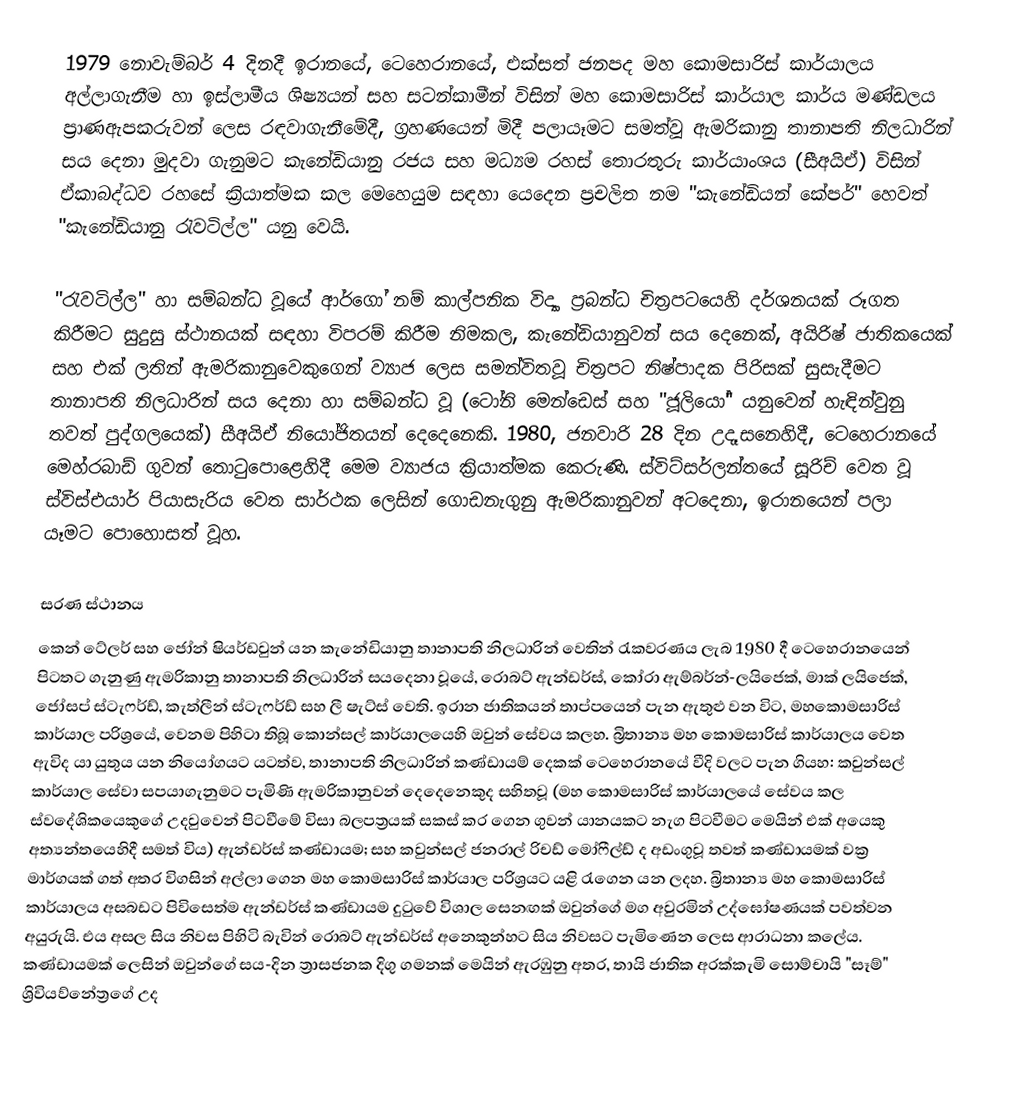
1979 නොවැම්බර් 4 දිනදී  ඉරානයේ, ටෙහෙරානයේ, එක්සත් ජනපද මහ කොමසාරිස් කාර්යාලය අල්ලාගැනීම හා  ඉස්ලාමීය ශිෂ්‍යයන් සහ සටන්කාමීන් විසින් මහ කොමසාරිස් කාර්යාල කාර්ය මණ්ඩලය ප්‍රාණඇපකරුවන් ලෙස රඳවාගැනීමේදී,  ග්‍රහණයෙන් මිදී පලායෑමට සමත්වූ ඇමරිකානු තානාපති නිලධාරින් සය දෙනා මුදවා ගැනුමට කැනේඩියානු රජය සහ මධ්‍යම රහස් තොරතුරු කාර්යාංශය (සීඅයිඒ) විසින් ඒකාබද්ධව රහසේ ක්‍රියාත්මක කල මෙහෙයුම සඳහා යෙදෙන ප්‍රචලිත නම "කැනේඩියන් කේපර්" හෙවත්  "කැනේඩියානු රැවටිල්ල" යනු වෙයි.

"රැවටිල්ල" හා සම්බන්ධ වූයේ  ආර්ගෝ නම් කාල්පනික විද්‍යා ප්‍රබන්ධ චිත්‍රපටයෙහි  දර්ශනයක් රූගත කිරීමට  සුදුසු ස්ථානයක් සඳහා විපරම් කිරීම නිමකල,  කැනේඩියානුවන් සය දෙනෙක්, අයිරිෂ් ජාතිකයෙක් සහ එක් ලතින් ඇමරිකානුවෙකුගෙන් ව්‍යාජ ලෙස සමන්විතවූ චිත්‍රපට නිෂ්පාදක පිරිසක් සුසැදීමට   තානාපති නිලධාරින් සය දෙනා හා සම්බන්ධ වූ  (ටෝනි මෙන්ඩෙස් සහ  "ජූලියෝ" යනුවෙන් හැඳින්වුනු තවත් පුද්ගලයෙක්) සීඅයිඒ නියෝජිතයන් දෙදෙනෙකි. 1980,  ජනවාරි 28 දින උදෑසනෙහිදී,  ටෙහෙරානයේ   මෙහ්රබාඩ් ගුවන් තොටුපොළෙහිදී  මෙම ව්‍යාජය ක්‍රියාත්මක කෙරුණි. ස්විට්සර්ලන්තයේ සූරිච් වෙත වූ   ස්විස්එයාර් පියාසැරිය වෙත සාර්ථක ලෙසින් ගොඩනැගුනු  ඇමරිකානුවන් අටදෙනා, ඉරානයෙන් පලා යෑමට පොහොසත් වූහ.

සරණ ස්ථානය
කෙන් ටේලර් සහ ජෝන් ෂියර්ඩවුන් යන කැනේඩියානු තානාපති නිලධාරින් වෙතින් රැකවරණය ලැබ 1980 දී ටෙහෙරානයෙන්  පිටතට ගැනුණු ඇමරිකානු තානාපති නිලධාරින් සයදෙනා වූයේ,  රොබට් ඇන්ඩර්ස්, කෝරා ඇම්බර්න්-ලයිජෙක්, මාක් ලයිජෙක්, ජෝසප් ස්ටැෆර්ඩ්, කැත්ලීන් ස්ටැෆර්ඩ් සහ ලී ෂැට්ස් වෙති. ඉරාන ජාතිකයන් තාප්පයෙන් පැන ඇතුළු වන විට, මහකොමසාරිස් කාර්යාල පරිශ්‍රයේ, වෙනම පිහිටා තිබූ කොන්සල් කාර්යාලයෙහි ඔවුන් සේවය කලහ. බ්‍රිතාන්‍ය මහ කොමසාරිස් කාර්යාලය වෙත ඇවිද යා යුතුය යන නියෝගයට යටත්ව, තානාපති නිලධාරින් කණ්ඩායම් දෙකක් ටෙහෙරානයේ වීදි වලට පැන ගියහ: කවුන්සල් කාර්යාල සේවා සපයාගැනුමට පැමිණි ඇමරිකානුවන් දෙදෙනෙකුද සහිතවූ  (මහ කොමසාරිස් කාර්යාලයේ සේවය කල ස්වදේශිකයෙකුගේ උදවුවෙන් පිටවීමේ විසා බලපත්‍රයක් සකස් කර ගෙන ගුවන් යානයකට නැග පිටවීමට මෙයින් එක් අයෙකු අත්‍යන්තයෙහිදී සමත් විය) ඇන්ඩර්ස් කණ්ඩායම; සහ කවුන්සල් ජනරාල්  රිචඩ්  මෝෆීල්ඩ් ද අඩංගුවූ තවත් කණ්ඩායමක් වක්‍ර මාර්ගයක් ගත් අතර විගසින් අල්ලා ගෙන මහ කොමසාරිස් කාර්යාල පරිශ්‍රයට යළි රැගෙන යන ලදහ.  බ්‍රිතාන්‍ය මහ කොමසාරිස් කාර්යාලය අසබඩට පිවිසෙත්ම ඇන්ඩර්ස් කණ්ඩායම  දුටුවේ විශාල සෙනඟක් ඔවුන්ගේ මග අවුරමින් උද්ඝෝෂණයක් පවත්වන අයුරුයි. එය  අසල සිය නිවස පිහිටි බැවින් රොබට් ඇන්ඩර්ස් අනෙකුන්හට සිය නිවසට  පැමිණෙන ලෙස ආරාධනා කලේය. කණ්ඩායමක් ලෙසින් ඔවුන්ගේ සය-දින ත්‍රාසජනක දිගු ගමනක් මෙයින් ඇරඹුනු අතර, තායි ජාතික අරක්කැමි සොම්චායි  "සෑම්" ශ්‍රිවියව්නේත්‍රගේ උද